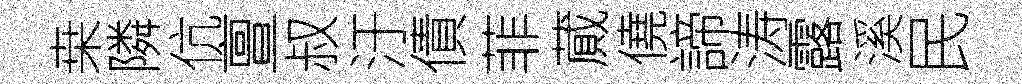
桒隣伉亶叔汙債菲蕆僥諦涛露溪民